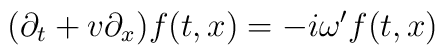
(\partial_{t} + v \partial_{x})f(t,x) = -i \omega^{\prime}f(t,x)